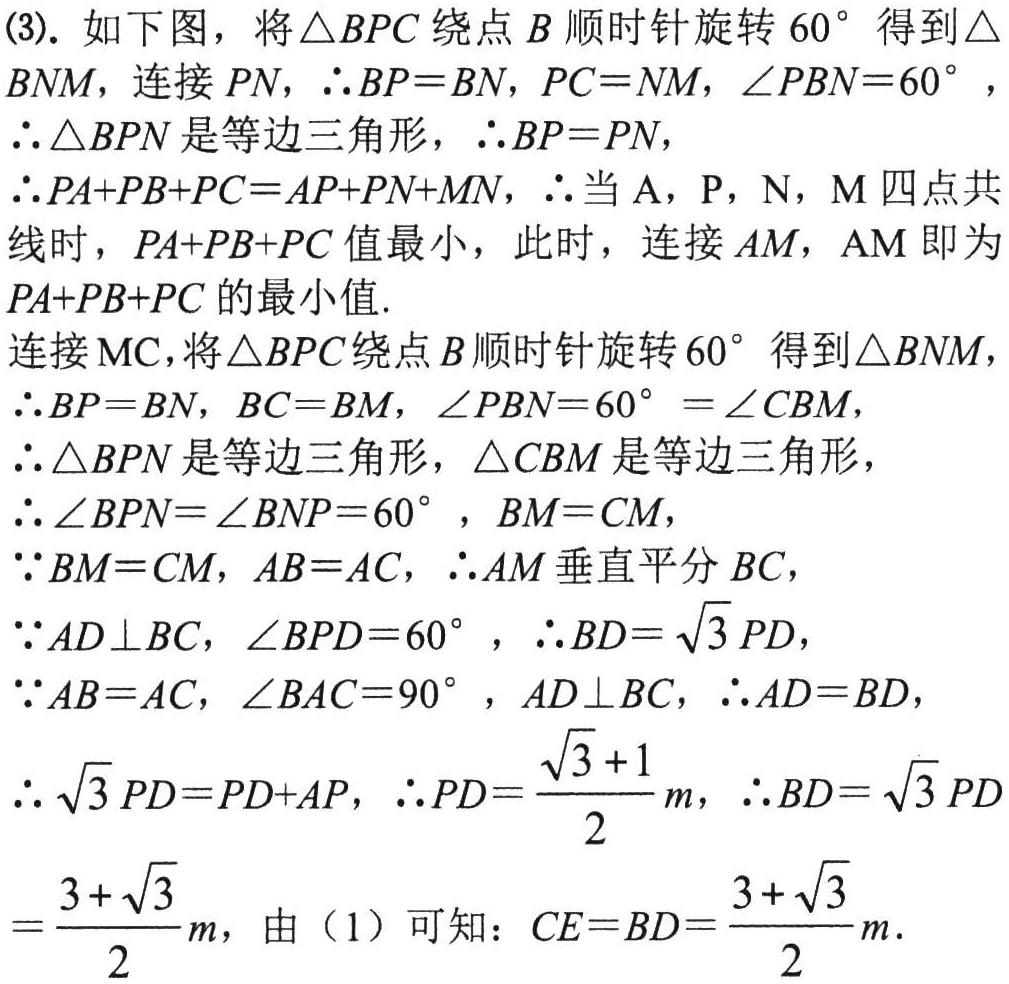
(3). 如下图，将\(\triangle BPC\)绕点\(B\)顺时针旋转\(60^{\circ}\)得到\(\triangle BNM\)，连接\(PN\)，\(\therefore BP = BN\)，\(PC = NM\)，\(\angle PBN = 60^{\circ}\)，\(\therefore\triangle BPN\)是等边三角形，\(\therefore BP = PN\)，\(\therefore PA + PB + PC=AP + PN + MN\)，\(\therefore\)当\(A\)，\(P\)，\(N\)，\(M\)四点共线时，\(PA + PB + PC\)值最小，此时，连接\(AM\)，\(AM\)即为\(PA + PB + PC\)的最小值.
连接\(MC\)，将\(\triangle BPC\)绕点\(B\)顺时针旋转\(60^{\circ}\)得到\(\triangle BNM\)，\(\therefore BP = BN\)，\(BC = BM\)，\(\angle PBN = 60^{\circ}=\angle CBM\)，\(\therefore\triangle BPN\)是等边三角形，\(\triangle CBM\)是等边三角形，\(\therefore\angle BPN=\angle BNP = 60^{\circ}\)，\(BM = CM\)，\(\because BM = CM\)，\(AB = AC\)，\(\therefore AM\)垂直平分\(BC\)，\(\because AD\perp BC\)，\(\angle BPD = 60^{\circ}\)，\(\therefore BD=\sqrt{3}PD\)，\(\because AB = AC\)，\(\angle BAC = 90^{\circ}\)，\(AD\perp BC\)，\(\therefore AD = BD\)，\(\therefore\sqrt{3}PD=PD + AP\)，\(\therefore PD=\frac{\sqrt{3}+1}{2}m\)，\(\therefore BD=\sqrt{3}PD=\frac{3 + \sqrt{3}}{2}m\)，由（1）可知：\(CE = BD=\frac{3+\sqrt{3}}{2}m\).